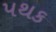
પથક